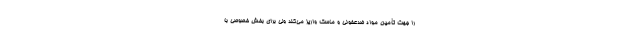
را جهت تأمین مواد ضدعفونی و ماسک واریز می‌کند ولی برای بخش خصوصی با